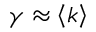
\gamma \approx \left\langle k \right\rangle